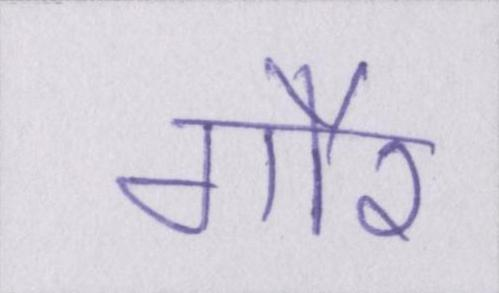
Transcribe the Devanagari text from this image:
गौर